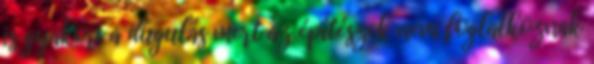
is gyakori a dugulás mert az építészek nem foglalkoznak